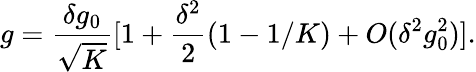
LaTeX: g=\frac{\delta g_{0}}{\sqrt{K}}[1+\frac{\delta^{2}}{2}(1-1/K)+O(\delta^{2}g_{0}^{2})].